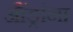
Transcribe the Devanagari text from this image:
औंड्रांना